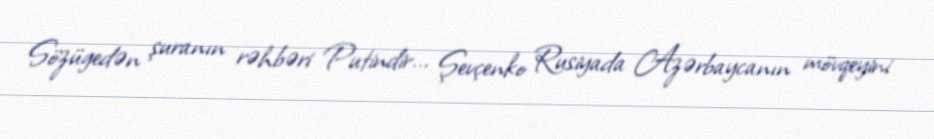
Sözügedən şuranın rəhbəri Putindir... Şevçenko Rusiyada Azərbaycanın mövqeyini